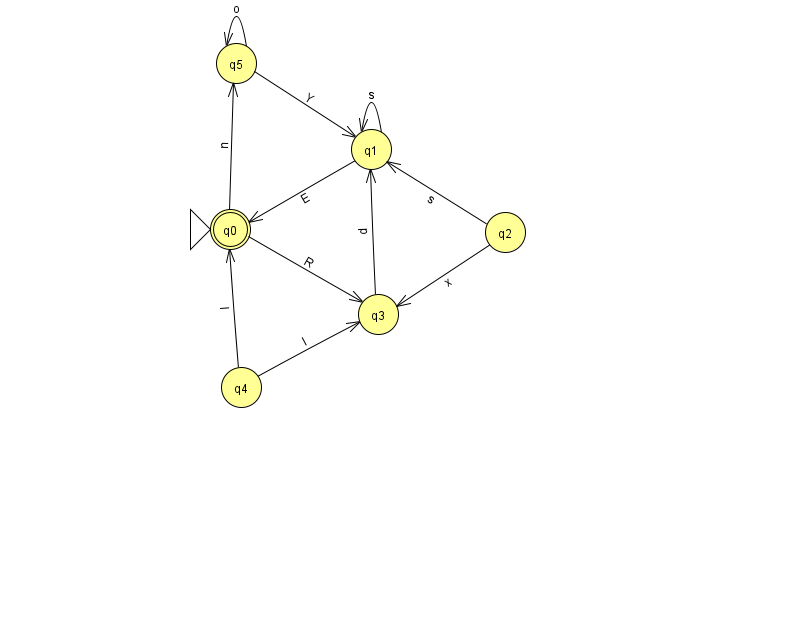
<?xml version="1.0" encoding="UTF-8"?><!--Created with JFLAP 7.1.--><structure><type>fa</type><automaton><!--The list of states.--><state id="0" name="q0"><x>230.0</x><y>216.0</y><initial/><final/></state><state id="1" name="q1"><x>371.0</x><y>136.0</y></state><state id="2" name="q2"><x>505.0</x><y>219.0</y></state><state id="3" name="q3"><x>378.0</x><y>301.0</y></state><state id="4" name="q4"><x>241.0</x><y>374.0</y></state><state id="5" name="q5"><x>236.0</x><y>50.0</y></state><!--The list of transitions.--><transition><from>2</from><to>1</to><read>s</read></transition><transition><from>1</from><to>1</to><read>s</read></transition><transition><from>3</from><to>1</to><read>p</read></transition><transition><from>4</from><to>3</to><read>l</read></transition><transition><from>5</from><to>1</to><read>Y</read></transition><transition><from>1</from><to>0</to><read>E</read></transition><transition><from>0</from><to>3</to><read>R</read></transition><transition><from>0</from><to>5</to><read>n</read></transition><transition><from>2</from><to>3</to><read>x</read></transition><transition><from>4</from><to>0</to><read>l</read></transition><transition><from>5</from><to>5</to><read>o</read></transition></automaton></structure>